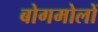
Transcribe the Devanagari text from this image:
बोगमोलों